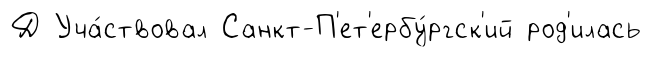
Д Уча́ствовал Санкт-П'ет'ербу́ргск'ий род'илась